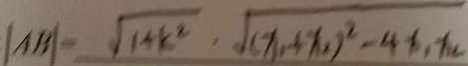
\vert A B \vert = \sqrt { 1 + k ^ { 2 } } , \sqrt { ( x _ { 1 } + x _ { 2 } ) ^ { 2 } - 4 x _ { 1 } x _ { 2 } }